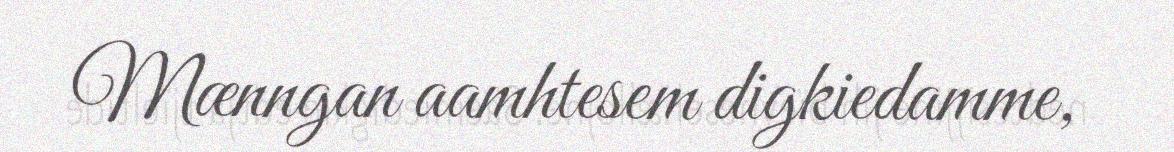
Mænngan aamhtesem digkiedamme,